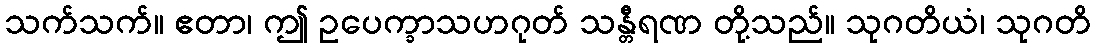
သက်သက်။ ဧတာ၊ ဤ ဥပေက္ခာသဟဂုတ် သန္တီရဏ တို့သည်။ သုဂတိယံ၊ သုဂတိ